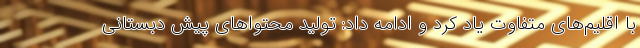
با اقلیم‌های متفاوت یاد کرد و ادامه داد: تولید محتواهای پیش دبستانی